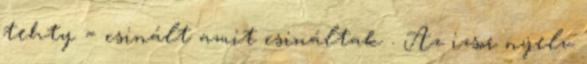
tehty = csinált amit csináltak . Az izsor nyelv